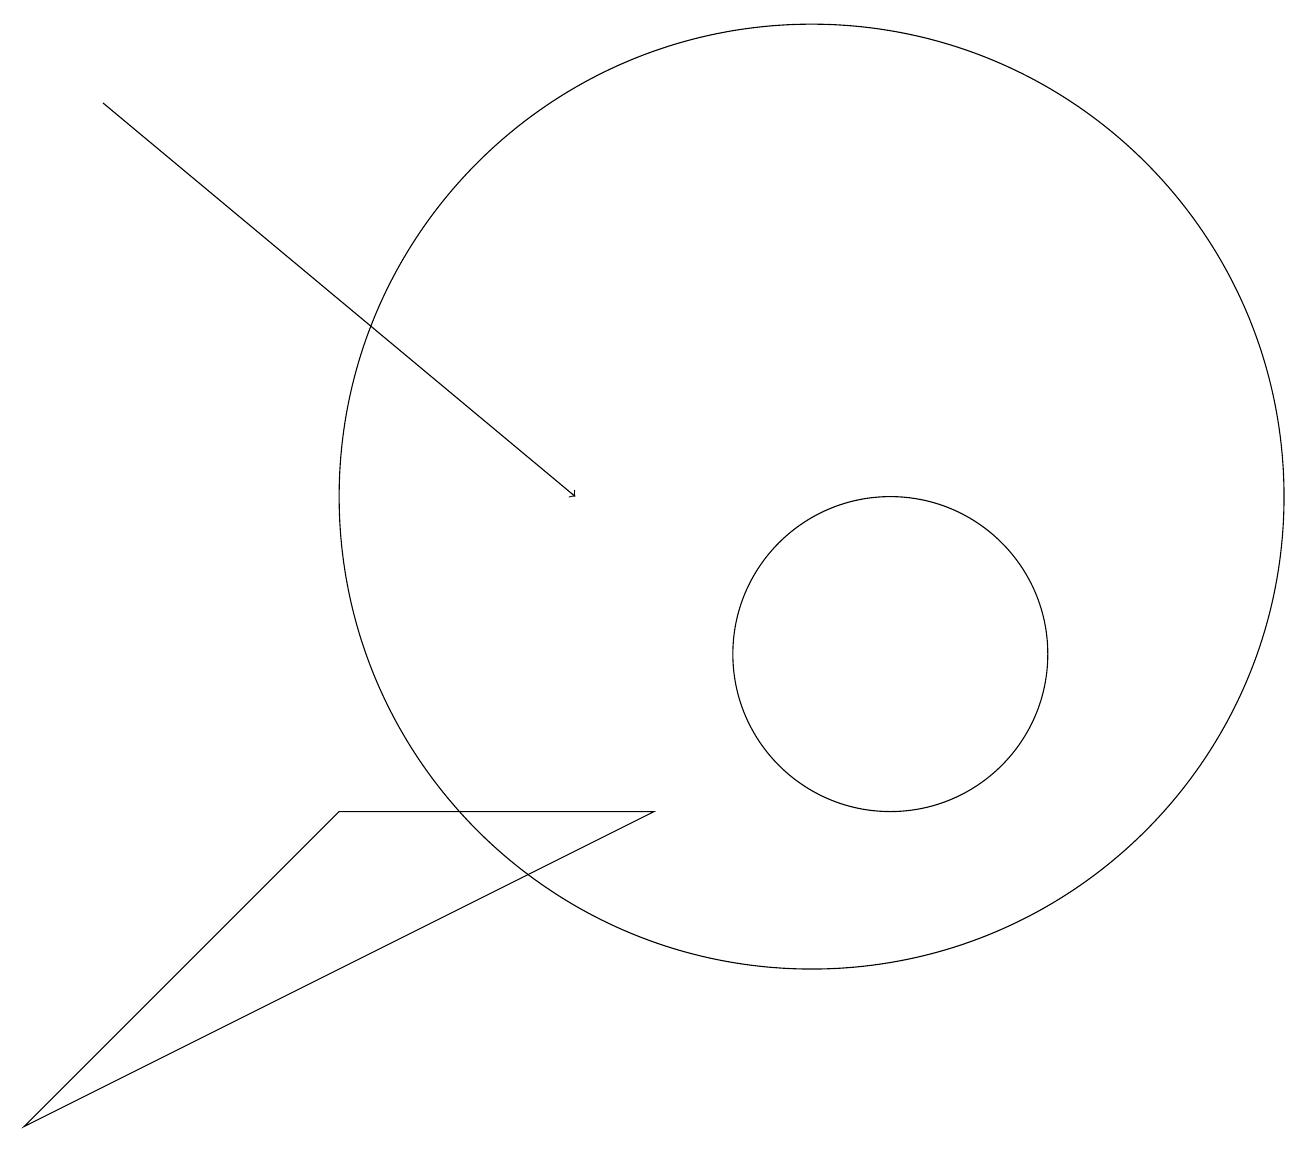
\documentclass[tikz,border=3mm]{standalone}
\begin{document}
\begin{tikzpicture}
\draw (12,10) circle (2);
\draw[->] (2,17) -- (8,12);
\draw (11,12) circle (6);
\draw (9,8) -- (5,8) -- (1,4) -- cycle;
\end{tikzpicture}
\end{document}